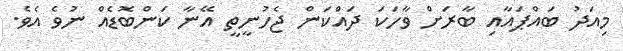
މިއަދު ބައްޕައާއި ބާރަށް ވާހަކަ ދައްކަން ޖެހުނީތީ އޭނާ ކަންބޮޑެއް ނުވެ އެވެ.